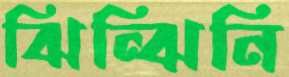
ঝিন্‌ঝিনি